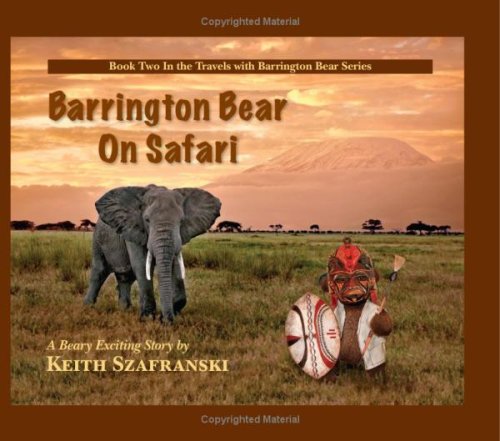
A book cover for Barrington Bear On Safari; Keith Szafranski; Travel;